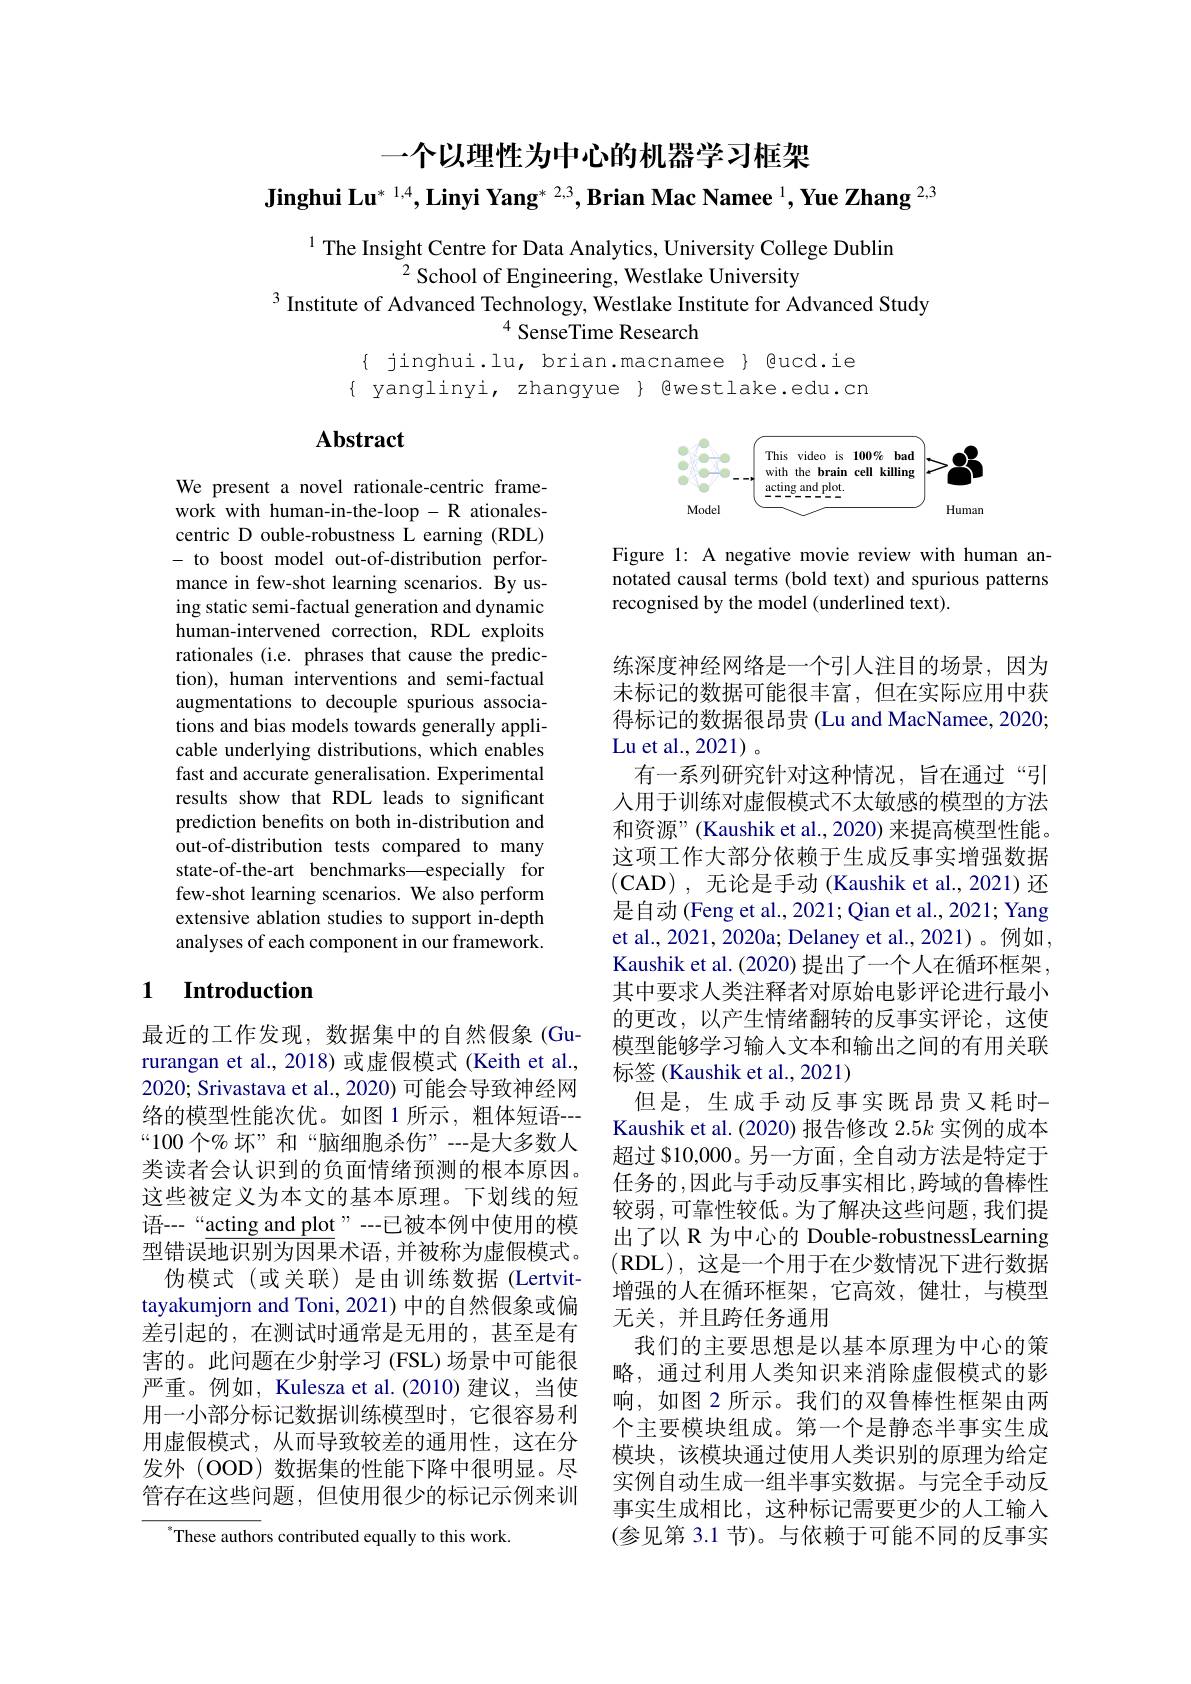
一个以理性为中心的机器学习框架
Jinghui Lu$^{*\:1,4},\textbf{Linyi Yang}^{*\:2,3},\textbf{Brian Mac Namee }^{1},\textbf{Yue Zhang }^{2,3}$

$^{1}$ The Insight Centre for Data Analytics, University College Dublin
$^{2}$School of Engineering, Westlake University
$^{3}$ Institute of Advanced Technology, Westlake Institute for Advanced Study
$^{4}$ SenseTime Research

$\{$ jinghui.lu, brian.macnamee $\}$ Qucd.ie $\{ yanglinyi, zhangyue \} Qwestlake.edu.cn$

# Abstract

<FigureHere>

Figure 1: A negative movie review with human annotated causal terms (bold text) and spurious patterns recognised by the model (underlined text).

We present a novel rationale-centric framework with human-in-the-loop - R ationalescentric D ouble-robustness L earning (RDL) - to boost model out-of-distribution performance in few-shot learning scenarios. By using static semi-factual generation and dynamic human-intervened correction, RDL exploits rationales (i.e. phrases that cause the prediction), human interventions and semi-factual augmentations to decouple spurious associations and bias models towards generally applicable underlying distributions, which enables fast and accurate generalisation. Experimental results show that RDL leads to significant prediction benefits on both in-distribution and out-of-distribution tests compared to many state-of-the-art benchmarks—especially for few-shot learning scenarios. We also perform extensive ablation studies to support in-depth analyses of each component in our framework.

## 1 $\textbf{Introduction}$

练深度神经网络是一个引人注目的场景，因为未标记的数据可能很丰富，但在实际应用中获得标记的数据很昂贵 (Lu and MacNamee, 2020; Lu et al. , 2021) 。
有一系列研究针对这种情况，旨在通过“引人用于训练对虚假模式不太敏感的模型的方法和资源”(Kaushik et al., 2020) 来提高模型性能。这项工作大部分依赖于生成反事实增强数据(CAD),无论是手动 (Kaushik et al., 2021) 还是自动 (Feng et al., 2021; Qian et al., 2021; Yang et al., 2021, 2020a; Delaney et al., 2021)。例如， Kaushik et al. (2020) 提出了一个人在循环框架， 其中要求人类注释者对原始电影评论进行最小的更改，以产生情绪翻转的反事实评论，这使模型能够学习输人文本和输出之间的有用关联标签 (Kaushik et al., 2021)
但是，生成手动反事实既昂贵又耗时一Kaushik et al. (2020) 报告修改$2.5k$实例的成本超过 $10,000。另一方面，全自动方法是特定于任务的，因此与手动反事实相比，跨域的鲁棒性较弱，可靠性较低。为了解决这些问题，我们提出了以 R 为中心的 Double-robustnessLearning (RDL),这是一个用于在少数情况下进行数据增强的人在循环框架，它高效，健壮，与模型无关，并且跨任务通用
我们的主要思想是以基本原理为中心的策略，通过利用人类知识来消除虚假模式的影响，如图 2 所示。我们的双鲁棒性框架由两个主要模块组成。第一个是静态半事实生成模块，该模块通过使用人类识别的原理为给定实例自动生成一组半事实数据。与完全手动反事实生成相比，这种标记需要更少的人工输入(参见第 3.1 节)。与依赖于可能不同的反事实

最近的工作发现，数据集中的自然假象(Gururangan et al., 2018) 或虚假模式 (Keith et al., 2020; Srivastava et al., 2020) 可能会导致神经网络的模型性能次优。如图 1 所示，粗体短语--- “100个%坏”和“脑细胞杀伤”--是大多数人类读者会认识到的负面情绪预测的根本原因。这些被定义为本文的基本原理。下划线的短语---“acting and plot”--已被本例中使用的模型错误$\overline{\text{地识别为因果}}$术语，并被称为虚假模式。
伪模式(或关联)是由训练数据(Lertvittayakumjorn and Toni, 2021) 中的自然假象或偏差引起的，在测试时通常是无用的，甚至是有害的。此问题在少射学习(FSL)场景中可能很严重。例如，Kulesza et al.(2010) 建议，当使用一小部分标记数据训练模型时，它很容易利用虚假模式，从而导致较差的通用性，这在分发外(OOD)数据集的性能下降中很明显。尽管存在这些问题，但使用很少的标记示例来训

$^{*}$These authors contributed equally to this work.